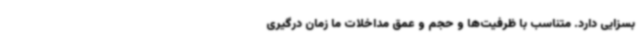
بسزایی دارد. متناسب با ظرفیت‌ها و حجم و عمق مداخلات ما زمان درگیری